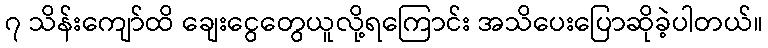
၇ သိန်းကျော်ထိ ချေးငွေတွေယူလို့ရကြောင်း အသိပေးပြောဆိုခဲ့ပါတယ်။